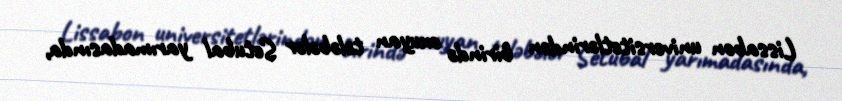
Lissabon universitetlərindən birində oxuyan tələbələr Setubal yarımadasında,